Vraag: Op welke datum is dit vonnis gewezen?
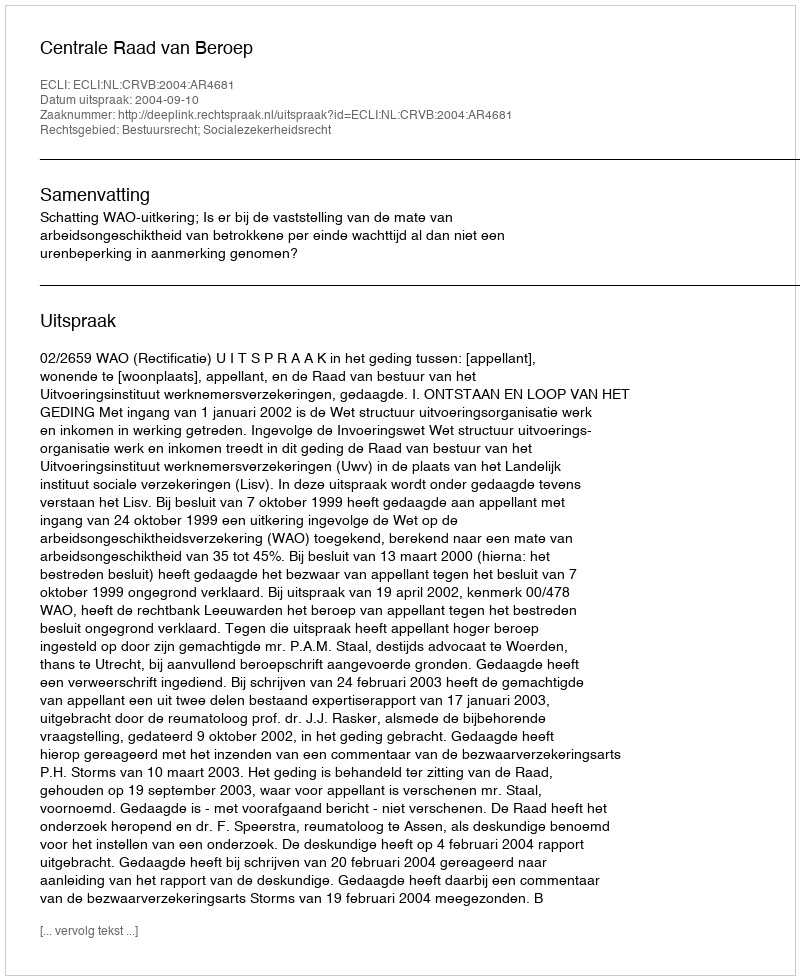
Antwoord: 2004-09-10